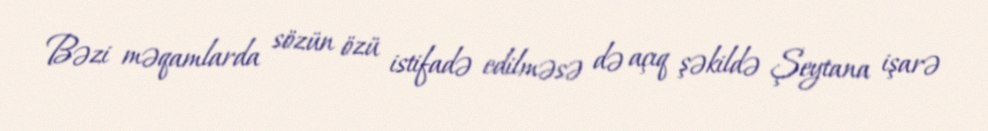
Bəzi məqamlarda sözün özü istifadə edilməsə də açıq şəkildə Şeytana işarə